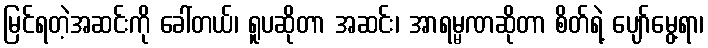
မြင်ရတဲ့အဆင်းကို ခေါ်တယ်၊ ရူပဆိုတာ အဆင်း၊ အာရမ္မဏဆိုတာ စိတ်ရဲ့ ပျော်မွေ့ရာ၊